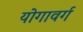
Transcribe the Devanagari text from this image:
योगावर्ग